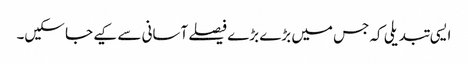
ایسی تبدیلی کہ جس میں بڑے بڑے فیصلے آسانی سے کیے جا سکیں۔